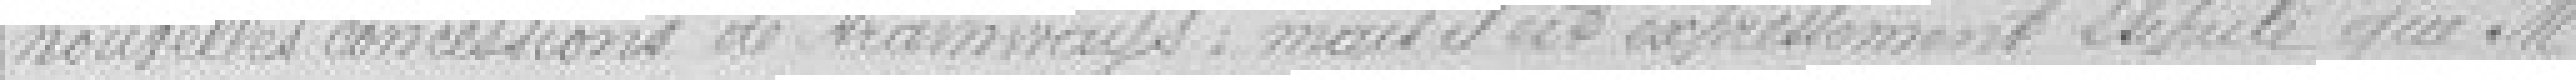
nouvelles concessions de tramways, mais il est expressément stipulé que monsieur